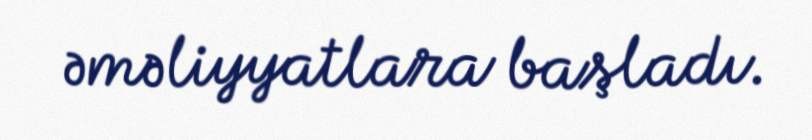
əməliyyatlara başladı.